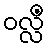
ဝလ္လိံ